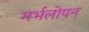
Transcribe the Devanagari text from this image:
गर्भलोपन